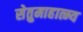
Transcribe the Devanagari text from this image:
सेतुमाहात्म्य